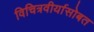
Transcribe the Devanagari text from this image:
विचित्रवीर्यासोबत